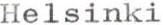
Helsinki